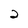
Character: 2